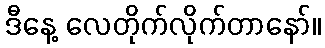
ဒီနေ့ လေတိုက်လိုက်တာနော်။